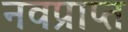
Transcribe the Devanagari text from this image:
नवप्राप्त